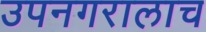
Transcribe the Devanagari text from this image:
उपनगरालाच